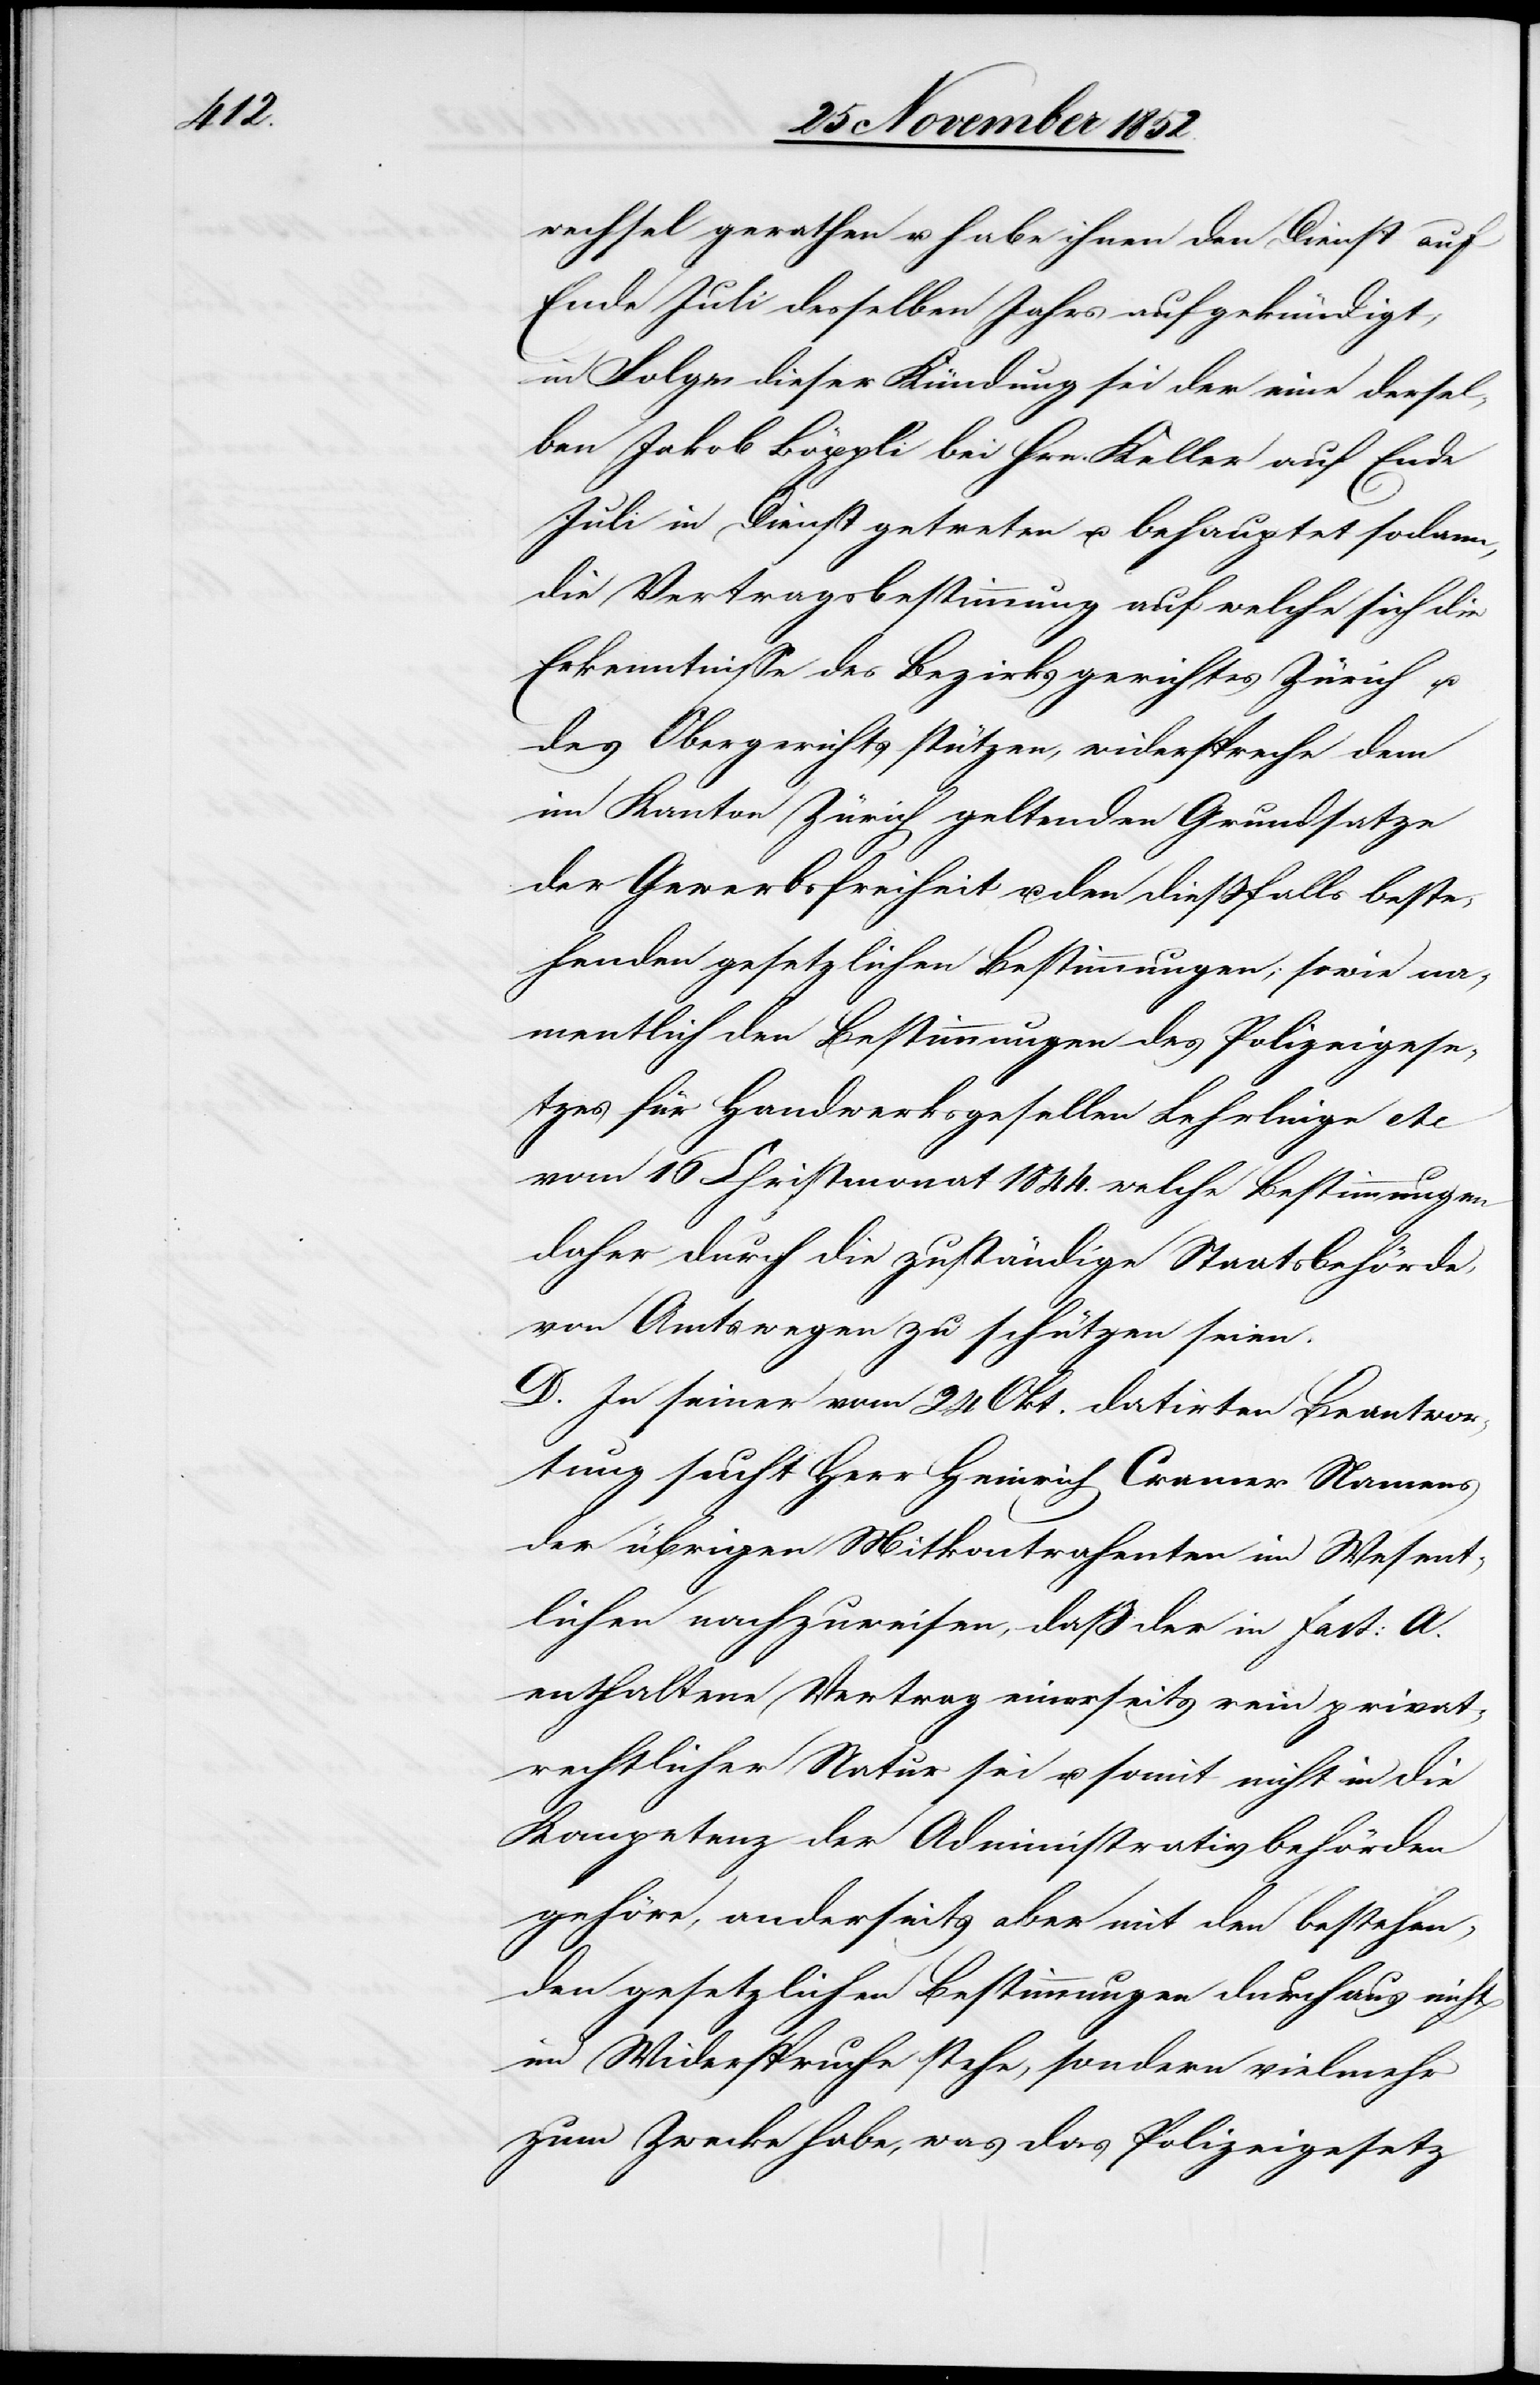
wechsel gerathen u. habe ihnen den Dienst auf
Ende Juli desselben Jahrs aufgekündigt,
in Folge dieser Kündung sei der eine dersel¬
ben Jakob Böppli bei Hrn. Keller auf Ende
Juli in Dienst getreten u. behauptet sodann,
die Vertragsbestimmung auf welche sich die
Erkenntnisse des Bezirksgerichtes Zürich u.
des Obergerichts stützen, widerspreche dem
im Kanton Zürich geltenden Grundsatze
der Gewerbsfreiheit u. den dießfalls beste¬
henden gesetzlichen Bestimmungen; sowie na¬
mentlich den Bestimmungen des Polizeigese¬
tzes für Handwerksgesellen[,] Lehrlinge etc.
vom 16 Christmonat 1844. welche Bestimmungen
daher durch die zuständige Staatsbehörde,
von Amtswegen zu schützen seien.
D. In seiner vom 24 Okt. datirten Beantwor¬
tung sucht Herr Heinrich Cramer Namens
der übrigen Mitkontrahenten im Wesent¬
lichen nachzuweisen, daß der in Fact: A.
enthaltene Vertrag einerseits rein privat¬
rechtlicher Natur sei u. somit nicht in die
Kompetenz der Administrativbehörden
gehöre, anderseits aber mit den bestehen¬
den gesetzlichen Bestimmungen durchaus nicht
im Widerspruche stehe, sondern vielmehr
zum Zwecke habe, was das Polizeigesetz